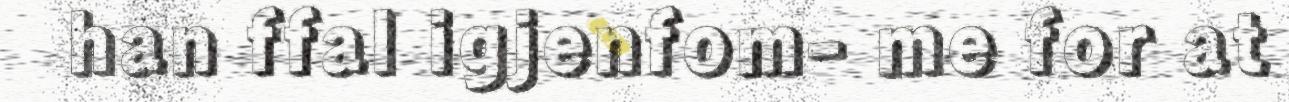
han ffal igjenfom- me for at